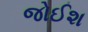
જોઈશ